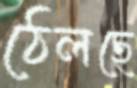
ঠেলছে